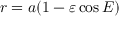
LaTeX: r = a ( 1 - \varepsilon \cos E )